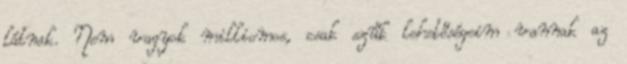
látnak. Nem vagyok milliomos, csak szűk lehetőségeim vannak az